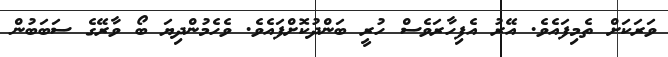
ވަރަކަށް ތެމިފައެވެ. އޭރު އެފިހާރަވެސް ހުރީ ބަންދުކޮށްފައެވެ. ވެހެމުންދިޔަ ބޯ ވާރޭގެ ސަބަބުން